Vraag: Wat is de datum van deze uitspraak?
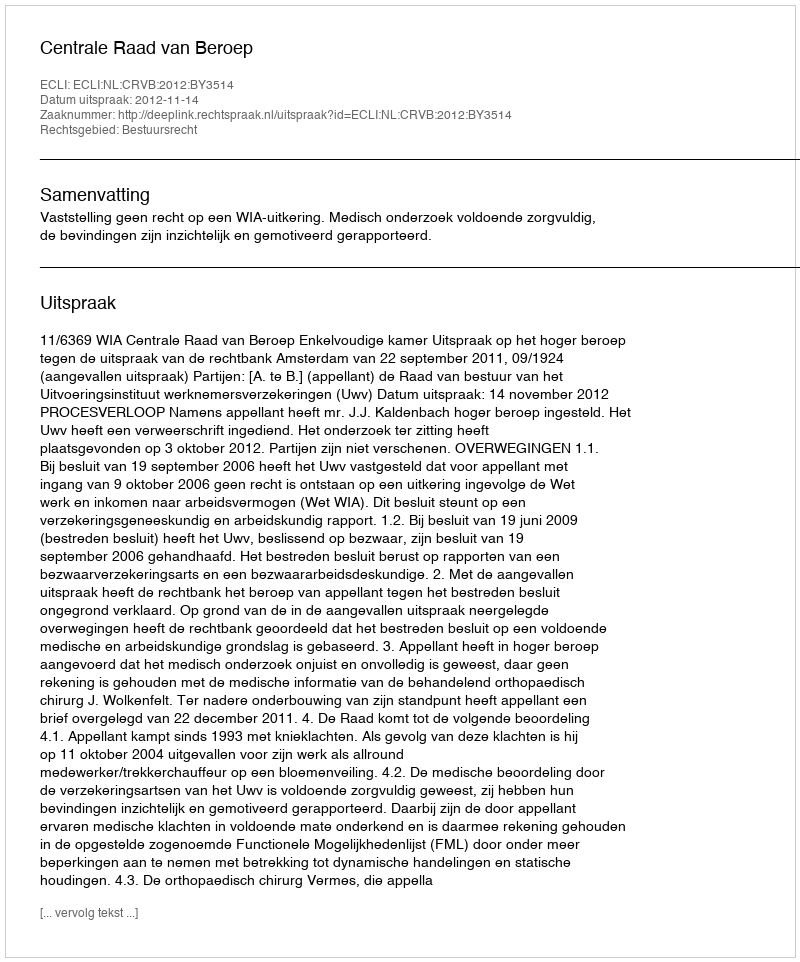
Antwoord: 2012-11-14